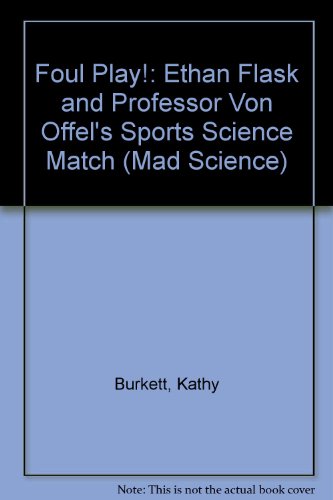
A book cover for Foul Play!: Ethan Flask and Professor Von Offel's Sports Science Match (Mad Science); Kathy Burkett; Sports & Outdoors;